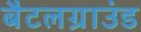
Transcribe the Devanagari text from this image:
बैटलग्राउंड